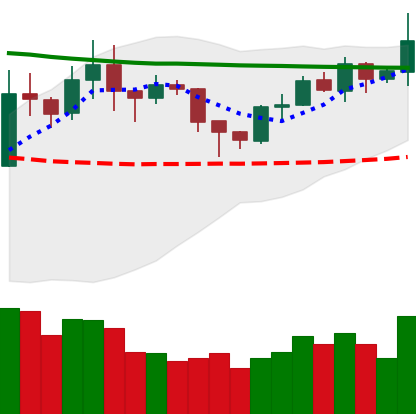
Ticker: XRP-USD
Chart end date: 2020-02-02
Forward return: 11.387%
Label: up_7plus